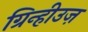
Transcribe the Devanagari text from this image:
ग्रिन्हीउज़